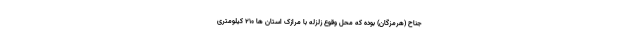
جناح (هرمزگان) بوده که محل وقوع زلزله با مرازک استان ها ۲۱۰ کیلومتری